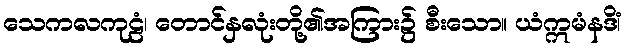
သေကလကုဠံ၊ တောင်နှလုံးတို့၏အကြား၌ စီးသော။ ယံဣမံနဒိံ၊